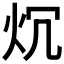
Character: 𤆤